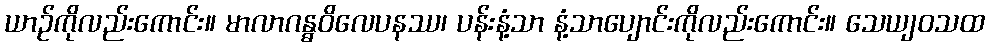
ယာဉ်ကိုလည်းကောင်း။ မာလာဂန္ဓဝိလေပနဿ၊ ပန်းနံ့သာ နံ့သာပျောင်းကိုလည်းကောင်း။ သေယျဝသထ